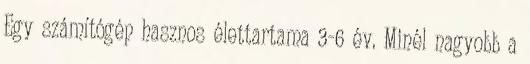
Egy számítógép hasznos élettartama 3-6 év. Minél nagyobb a